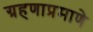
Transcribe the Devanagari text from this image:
ग्रहणाप्रमाणे